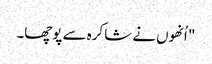
" اُنھوں نے شاکرہ سے پوچھا۔